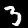
Label: 3